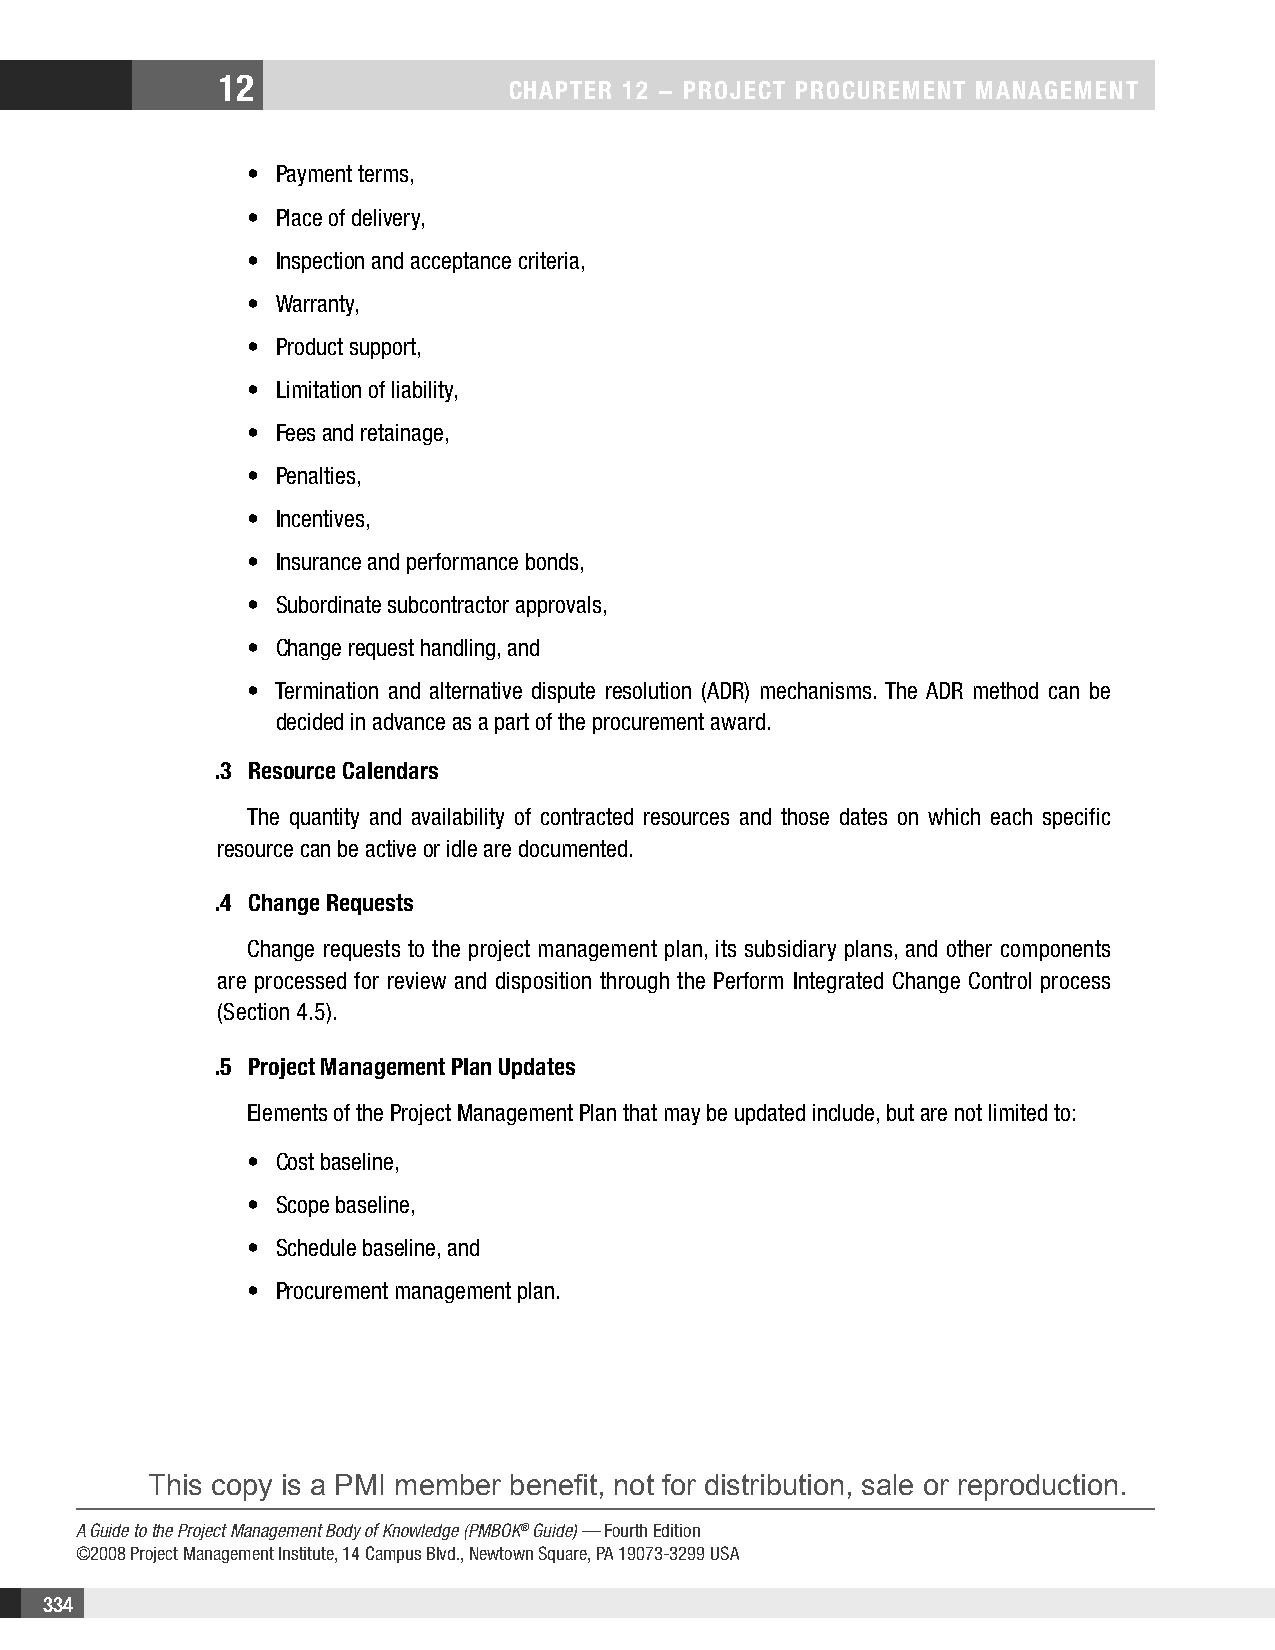
12
 CHAPTER 12 − PROjECT PROCuREMEnT MAnAgEMEnT
 • Payment terms,
 • Place of delivery,
 • Inspection and acceptance criteria,
 • Warranty,
 • Product support,
 • Limitation of liability,
 • Fees and retainage,
 • Penalties,
 • Incentives,
 • Insurance and performance bonds,
 • Subordinate subcontractor approvals,
 • Change request handling, and
 • Termination and alternative dispute resolution (ADR) mechanisms. The ADR method can be
 decided in advance as a part of the procurement award.
 .3 Resource Calendars
 The quantity and availability of contracted resources and those dates on which each specific
 resource can be active or idle are documented.
 .4 Change Requests
 Change requests to the project management plan, its subsidiary plans, and other components
 are processed for review and disposition through the Perform Integrated Change Control process
 (Section 4.5).
 .5 Project Management Plan updates
 Elements of the Project Management Plan that may be updated include, but are not limited to:
 • Cost baseline,
 • Scope baseline,
 • Schedule baseline, and
 • Procurement management plan.
 This copy is a PMI member benefit, not for distribution, sale or reproduction.
 A Guide to the Project Management Body of Knowledge (PMBOK® Guide) — Fourth Edition
 ©2008 Project Management Institute, 14 Campus Blvd., Newtown Square, PA 19073-3299 USA
 334